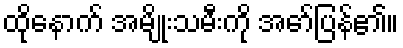
ထိုနောက် အမျိုးသမီးကို အော်ပြန်၏။